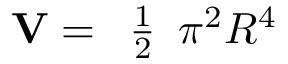
\mathbf { V } = { \begin{array} { l } { { \frac { 1 } { 2 } } } \end{array} } \pi ^ { 2 } R ^ { 4 }